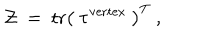
{ \cal Z } ~ = ~ \mathrm { t r } \left( ~ \tau ^ { \mathrm { v e r t e x } } ~ \right) ^ { T } \ ,